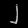
Digit: ၂